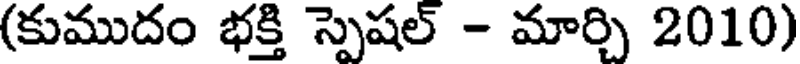
(కుముదం భక్తి స్పెషల్ - మార్చి 2010)